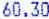
60.30